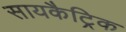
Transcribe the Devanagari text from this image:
सायकैट्रिक